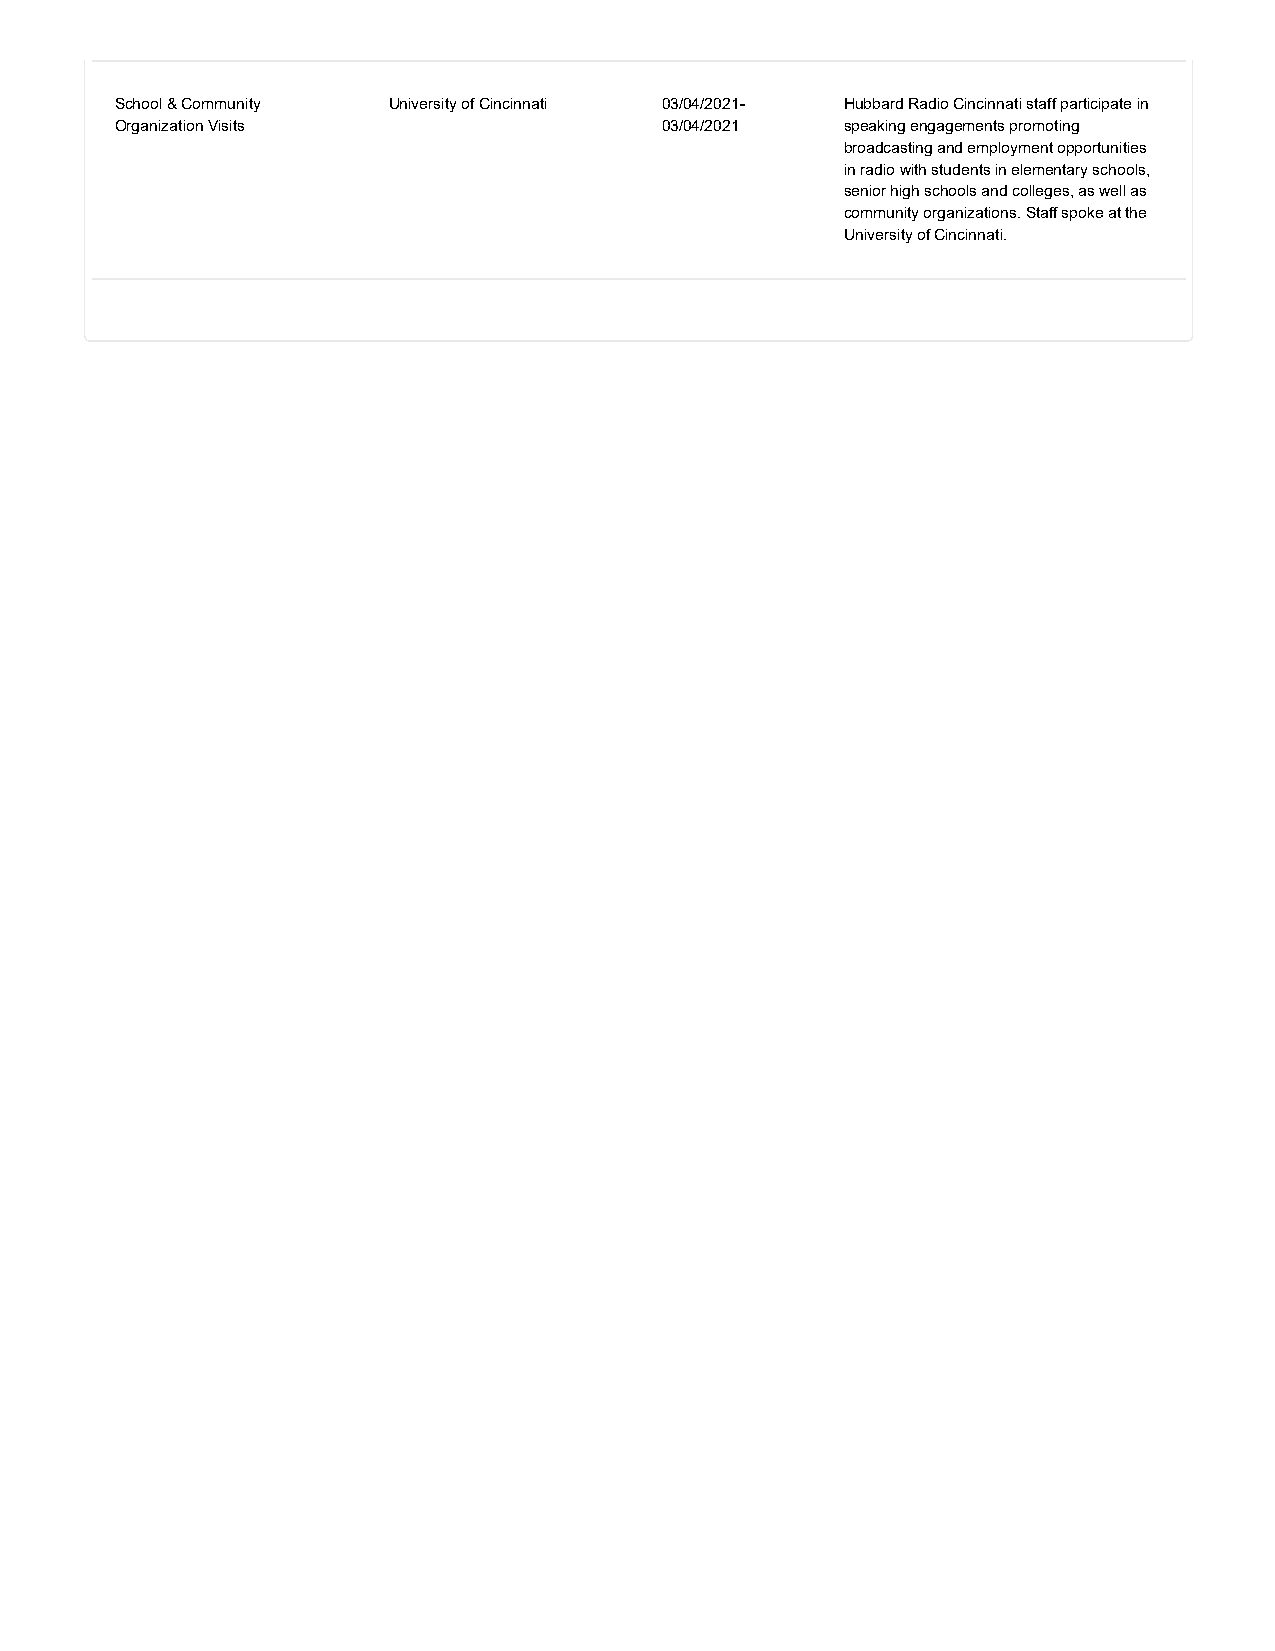
School & Community University of Cincinnati 03/04/2021- Hubbard Radio Cincinnati staff participate in
 Organization Visits                 03/04/2021  speaking engagements promoting
 broadcasting and employment opportunities
 in radio with students in elementary schools,
 senior high schools and colleges, as well as
 community organizations. Staff spoke at the
 University of Cincinnati.